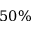
5 0 \%